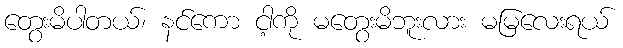
တွေးမိပါတယ်၊ နင်ကော ငါ့ကို မတွေးမိဘူးလား မမြလေးရယ်